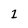
Character: 1